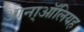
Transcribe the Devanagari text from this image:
आना्ऑलियह